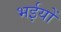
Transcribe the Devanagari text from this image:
भईयों